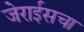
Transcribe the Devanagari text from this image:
जेराईसचा